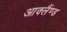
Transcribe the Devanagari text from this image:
आक्लैंण्ड